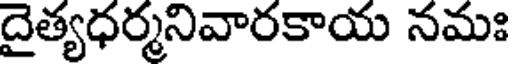
దైత్యధర్మనివారకాయ నమః